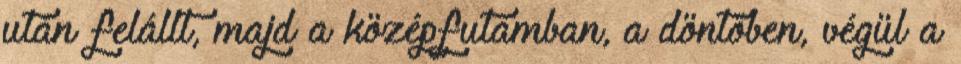
után felállt, majd a középfutamban, a döntőben, végül a